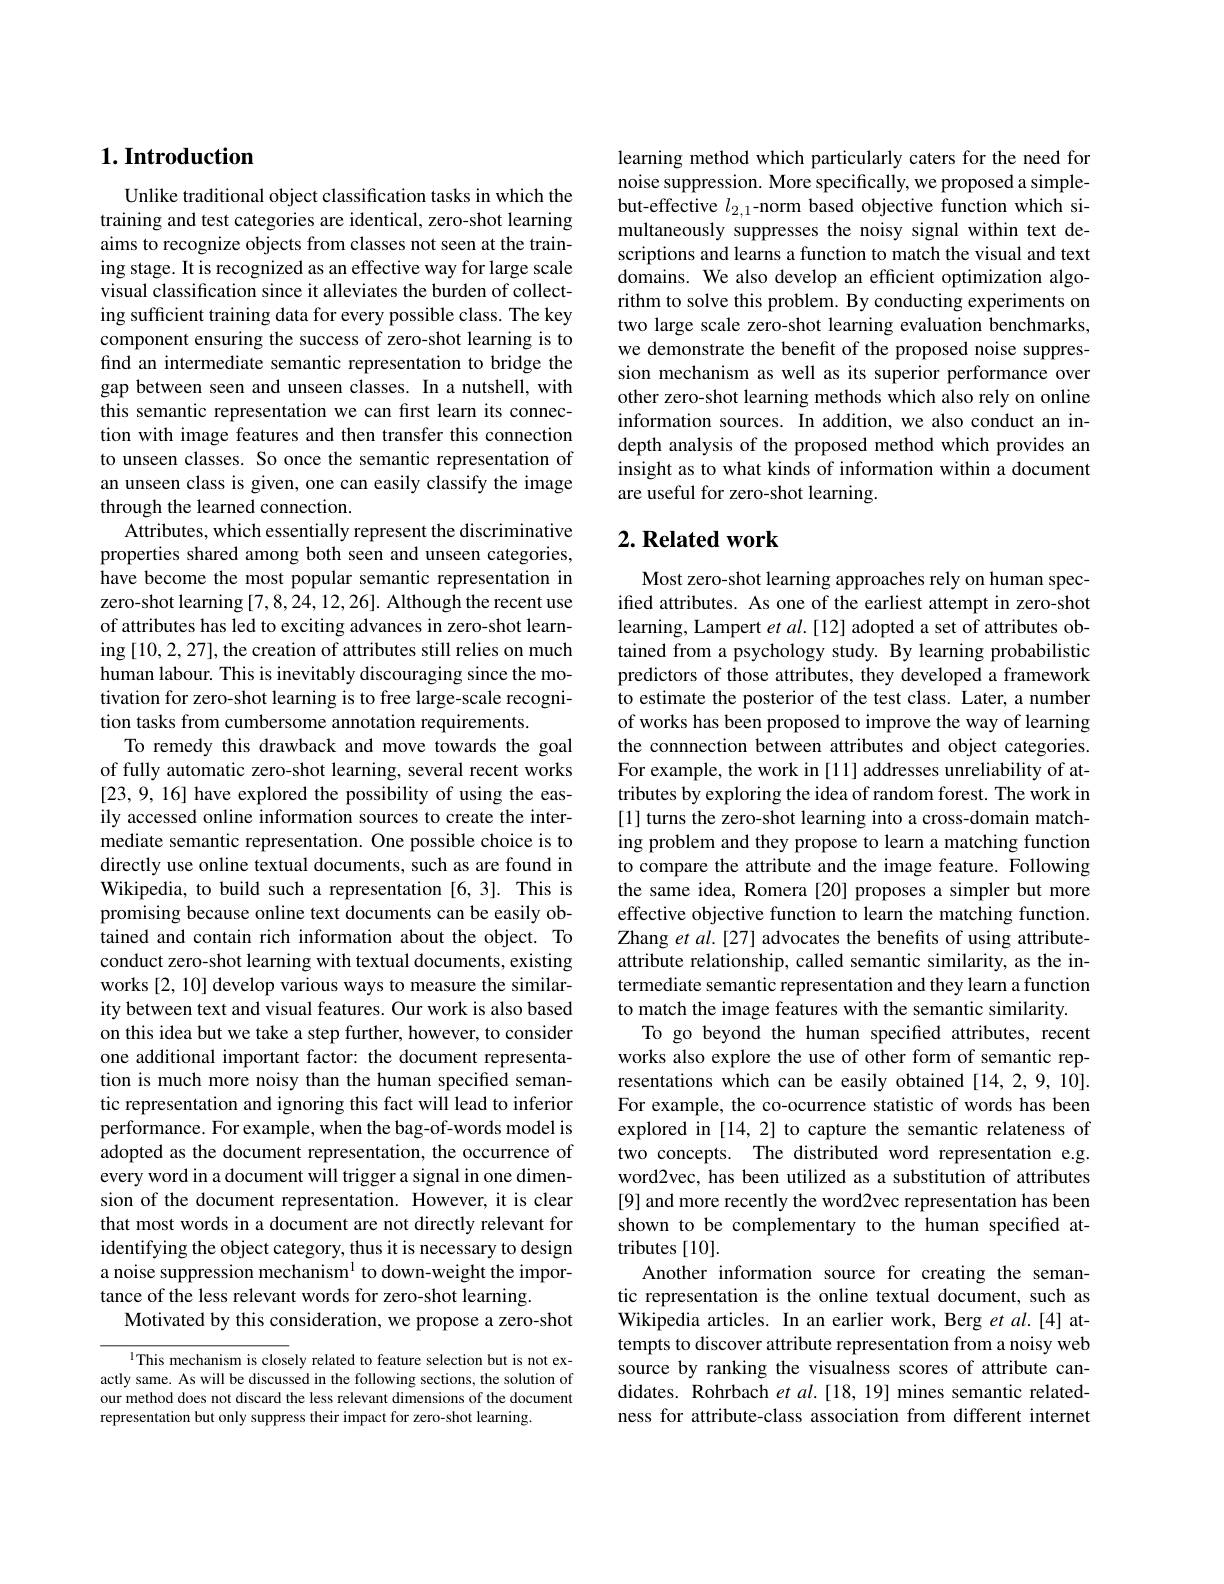
## $1. \textbf{Introduction}$

Unlike traditional object classification tasks in which the training and test categories are identical, zero-shot learning aims to recognize objects from classes not seen at the training stage. It is recognized as an effective way for large scale visual classification since it alleviates the burden of collecting sufficient training data for every possible class. The key component ensuring the success of zero-shot learning is to find an intermediate semantic representation to bridge the gap between seen and unseen classes. In a nutshell, with this semantic representation we can first learn its connection with image features and then transfer this connection to unseen classes. So once the semantic representation of an unseen class is given, one can easily classify the image through the learned connection.
Attributes, which essentially represent the discriminative properties shared among both seen and unseen categories, have become the most popular semantic representation in zero-shot learning [7,8,24,12,26]. Although the recent use of attributes has led to exciting advances in zero-shot learning [10,2,27],the creation of attributes still relies on much human labour. This is inevitably discouraging since the motivation for zero-shot learning is to free large-scale recognition tasks from cumbersome annotation requirements.
To remedy this drawback and move towards the goal of fully automatic zero-shot learning, several recent works [23,9,16] have explored the possibility of using the easily accessed online information sources to create the intermediate semantic representation. One possible choice is to directly use online textual documents, such as are found in Wikipedia, to build such a representation [6,3]. This is promising because online text documents can be easily obtained and contain rich information about the object. To conduct zero-shot learning with textual documents, existing works [2,10] develop various ways to measure the similarity between text and visual features. Our work is also based on this idea but we take a step further, however, to consider one additional important factor: the document representation is much more noisy than the human specified semantic representation and ignoring this fact will lead to inferior performance. For example, when the bag-of-words model is adopted as the document representation, the occurrence of every word in a document will trigger a signal in one dimension of the document representation. However, it is clear that most words in a document are not directly relevant for identifying the object category, thus it is necessary to design a noise suppression mechanism$^{\mathrm{l}}$ to down-weight the importance of the less relevant words for zero-shot learning.
Motivated by this consideration, we propose a zero-shot

l This mechanism is closely related to feature selection but is not exactly same. As will be discussed in the following sections, the solution of our method does not discard the less relevant dimensions of the document representation but only suppress their impact for zero-shot learning.

learning method which particularly caters for the need for noise suppression. More specifically, we proposed a simplebut-effective $l_2,1$-norm based objective function which simultaneously suppresses the noisy signal within text descriptions and learns a function to match the visual and text domains. We also develop an efficient optimization algorithm to solve this problem. By conducting experiments on two large scale zero-shot learning evaluation benchmarks, we demonstrate the benefit of the proposed noise suppression mechanism as well as its superior performance over other zero-shot learning methods which also rely on online information sources. In addition, we also conduct an indepth analysis of the proposed method which provides an insight as to what kinds of information within a document are useful for zero-shot learning.

## $2. \textbf{Related work}$

Most zero-shot learning approaches rely on human specified attributes. As one of the earliest attempt in zero-shot learning, Lampert et al. [12] adopted a set of attributes obtained from a psychology study. By learning probabilistic predictors of those attributes, they developed a framework to estimate the posterior of the test class. Later, a number of works has been proposed to improve the way of learning the connnection between attributes and object categories. For example, the work in [11] addresses unreliability of attributes by exploring the idea of random forest. The work in [1] turns the zero-shot learning into a cross-domain matching problem and they propose to learn a matching function to compare the attribute and the image feature. Following the same idea, Romera [20] proposes a simpler but more effective objective function to learn the matching function. Zhang et $al.[27]$ advocates the benefits of using attributeattribute relationship, called semantic similarity, as the intermediate semantic representation and they learn a function to match the image features with the semantic similarity.
To go beyond the human specified attributes, recent works also explore the use of other form of semantic representations which can be easily obtained[14,2,9,10]. For example, the co-ocurrence statistic of words has been explored in [14, 2] to capture the semantic relateness of two concepts. The distributed word representation e.g. word2vec, has been utilized as a substitution of attributes [9] and more recently the word2vec representation has been shown to be complementary to the human specified attributes [10].
Another information source for creating the semantic representation is the online textual document, such as Wikipedia articles. In an earlier work, Berg et al.[4] attempts to discover attribute representation from a noisy web source by ranking the visualness scores of attribute candidates. Rohrbach $etal.[18,19]$ mines semantic relatedness for attribute-class association from different internet